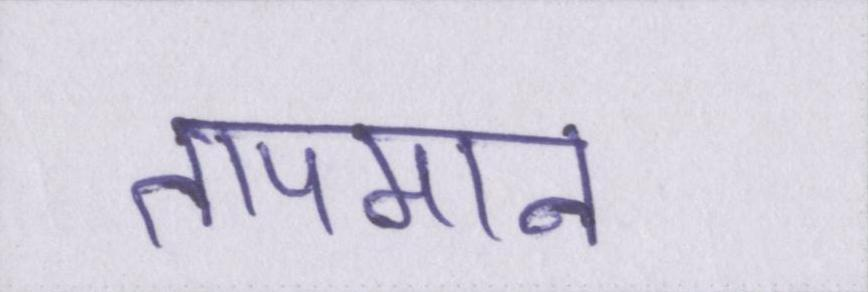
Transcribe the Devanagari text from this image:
तापमान